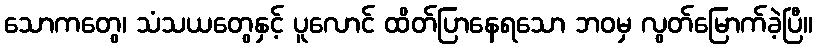
သောကတွေ၊ သံသယတွေနှင့် ပူလောင် ထိတ်ပြာနေရသော ဘဝမှ လွတ်မြောက်ခဲ့ပြီ။